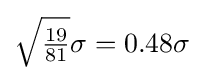
{\sqrt {\tfrac {19}{81}}}\sigma =0.48\sigma